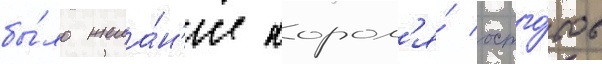
бы́ло жела́н'ие корол'я́ остго́тов